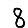
Digit: 8